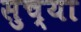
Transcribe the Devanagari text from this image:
सुच्या